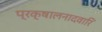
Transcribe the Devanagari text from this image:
प्रक्षालनादवारि